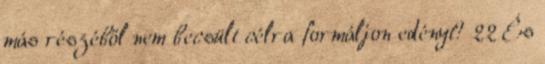
más részéből nem becsült célra formáljon edényt? 22 És